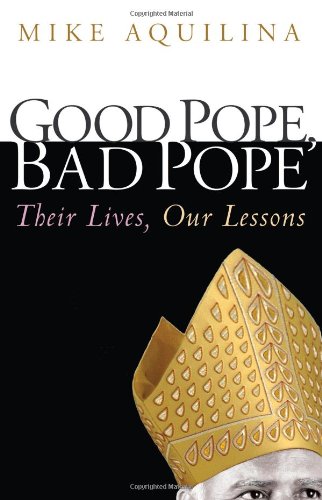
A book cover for Good Pope, Bad Pope: Their Lives, Our Lessons; Mike Aquilina; Christian Books & Bibles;